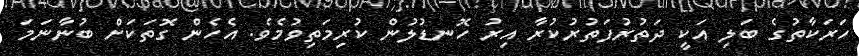
ހަރަކާތުގެ ބަލި އަކީ ދަތުރުފަތުރުކުރާ އިރު ހޮނޑުލުން ކުރިމަތިވުމެވެ. އެހެން ގޮތަކަށް ބުނާނަމަ